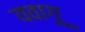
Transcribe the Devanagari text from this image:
यवागू